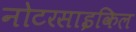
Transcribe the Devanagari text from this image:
नोटरसाइकिल